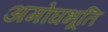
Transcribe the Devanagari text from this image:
अमोघभूति